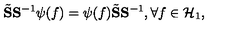
\tilde { \bf S } { \bf S } ^ { - 1 } \psi ( f ) = \psi ( f ) \tilde { \bf S } { \bf S } ^ { - 1 } , \forall f \in { \cal H } _ { 1 } ,